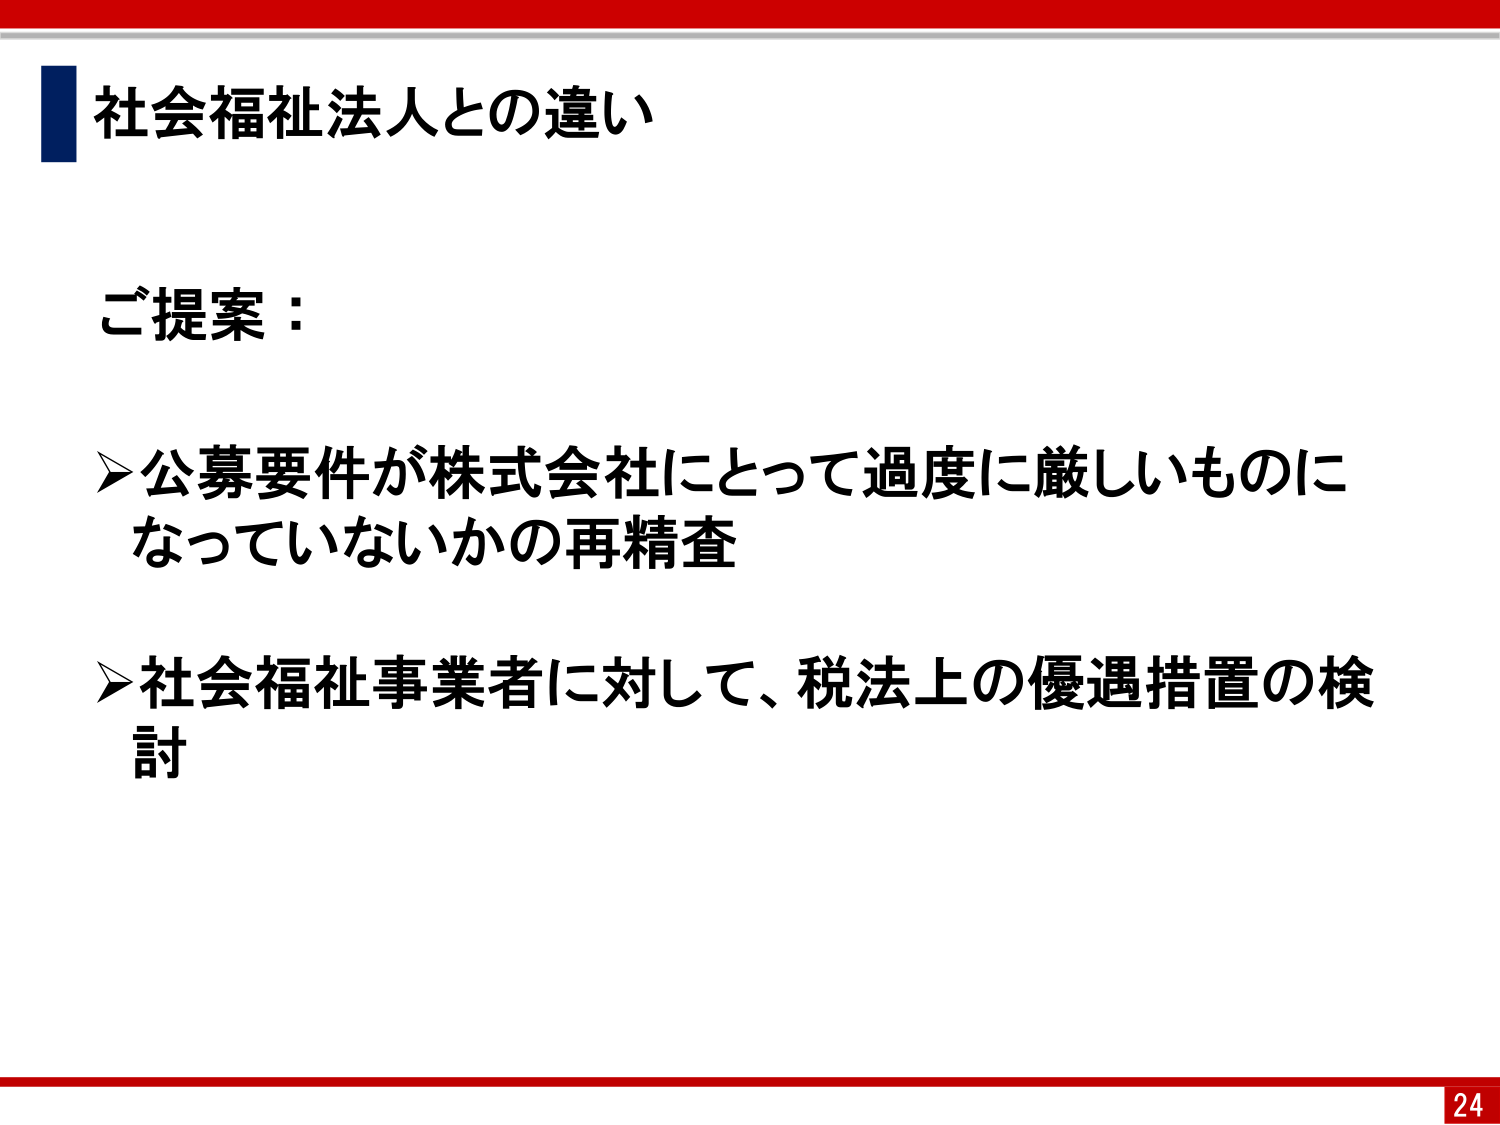
社会福祉法人との違い

ご提案：

➤公募要件が株式会社にとって過度に厳しいものに
なっていないかの再精査

➤社会福祉事業者に対して、税法上の優遇措置の検
討

24